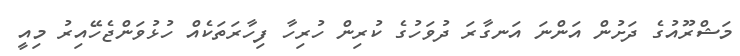
މަޝްރޫއުގެ ދަށުން އަންނަ އަނގާރަ ދުވަހުގެ ކުރިން ހުރިހާ ފިހާރަތަކެއް ހުޅުވަންޖެހޭއިރު މިއީ